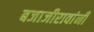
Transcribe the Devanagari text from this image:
बजाजीरावांनी